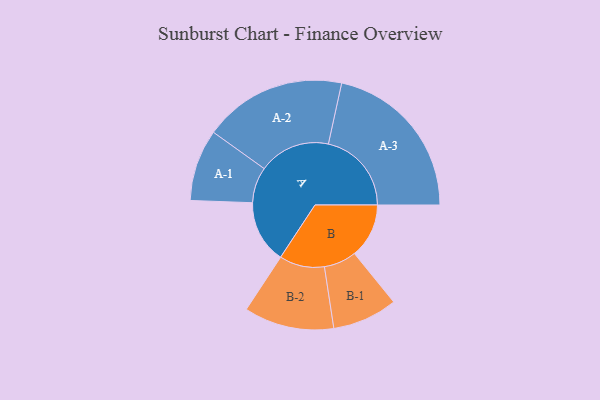
{"axis": {"x": "Segment", "y": "Value"}, "legend": ["", "A", "B"], "data": [{"x": "A", "y": 226, "type": ""}, {"x": "B", "y": 196, "type": ""}, {"x": "A-1", "y": 129, "type": "A"}, {"x": "A-2", "y": 257, "type": "A"}, {"x": "A-3", "y": 299, "type": "A"}, {"x": "B-1", "y": 117, "type": "B"}, {"x": "B-2", "y": 162, "type": "B"}]}